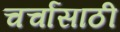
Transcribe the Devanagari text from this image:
चर्चांसाठी